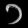
Digit: ၁